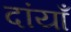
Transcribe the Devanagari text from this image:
दांयाँ